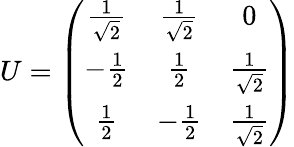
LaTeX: U=\left(\begin{array}{ccc}{{\frac{1}{\sqrt{2}}}}&{{\frac{1}{\sqrt{2}}}}&{{0}}\\ {{-\frac{1}{2}}}&{{\frac{1}{2}}}&{{\frac{1}{\sqrt{2}}}}\\ {{\frac{1}{2}}}&{{-\frac{1}{2}}}&{{\frac{1}{\sqrt{2}}}}\end{array}\right)